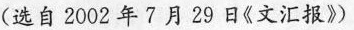
(选自2002年?月29日《文汇报》》